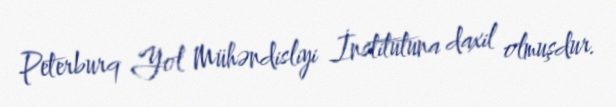
Peterburq Yol Mühəndisliyi İnstitutuna daxil olmuşdur.